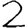
Digit: 2